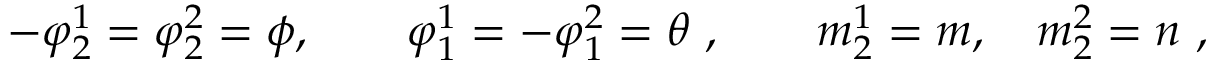
- \varphi _ { 2 } ^ { 1 } = \varphi _ { 2 } ^ { 2 } = \phi , \qquad \varphi _ { 1 } ^ { 1 } = - \varphi _ { 1 } ^ { 2 } = \theta ~ , \qquad m _ { 2 } ^ { 1 } = m , \quad m _ { 2 } ^ { 2 } = n ~ ,